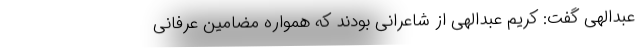
عبدالهی گفت: کریم عبدالهی از شاعرانی بودند که همواره مضامین عرفانی